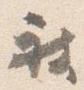
被